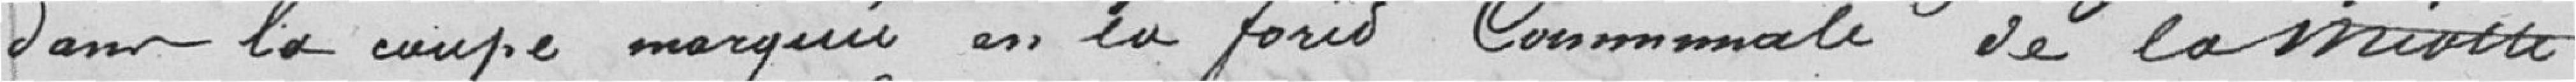
dans le coupe marquée en la forêt communale de la Miotte